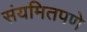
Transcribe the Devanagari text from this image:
संयमितपणे